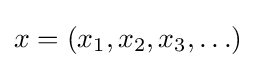
x=(x_{1},x_{2},x_{3},\ldots )